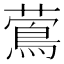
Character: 𦾉